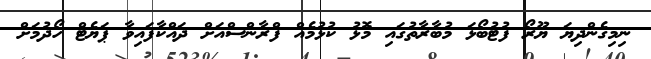
ނިމިގެންދިޔަ ޔޫރޯ ފުޓުބޯޅަ މުބާރާތުގައި މޮޅު ކުޅުމެއް ފްރާންސްއަށް ދައްކާފައިވާ ޕަޔެޓް ހޯދުމަށް